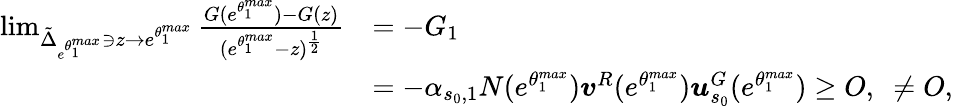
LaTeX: \begin{array}{rl}{\operatorname*{lim}_{\tilde{\Delta}_{e^{\theta_{1}^{max}}}\ni z\to e^{\theta_{1}^{max}}}\frac{G(e^{\theta_{1}^{max}})-G(z)}{(e^{\theta_{1}^{max}}-z)^{\frac{1}{2}}}}&{=-G_{1}}\\ &{=-\alpha_{s_{0},1}N(e^{\theta_{1}^{max}})\boldsymbol{v}^{R}(e^{\theta_{1}^{max}})\boldsymbol{u}_{s_{0}}^{G}(e^{\theta_{1}^{max}})\ge O,\ \ne O,}\end{array}